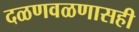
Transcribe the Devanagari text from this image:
दळणवळणासही